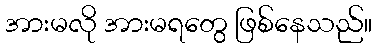
အားမလို အားမရတွေ ဖြစ်နေသည်။